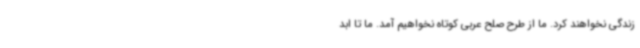
زندگی نخواهند کرد. ما از طرح صلح عربی کوتاه نخواهیم آمد. ما تا ابد